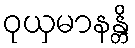
ဝုယှမာနန္တိ